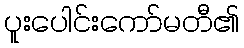
ပူးပေါင်းကော်မတီ၏